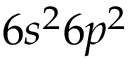
6 s ^ { 2 } 6 p ^ { 2 }